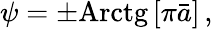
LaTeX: \psi=\pm\mathrm{Arctg}\, [\pi\bar{a}]\, ,